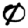
Digit: 0